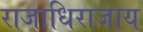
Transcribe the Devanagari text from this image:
राजाधिराजाय